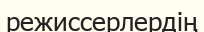
режиссерлердің